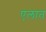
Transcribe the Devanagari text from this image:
एलात